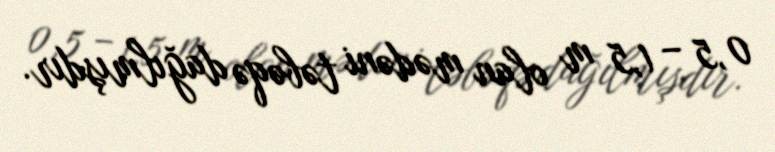
0,5 – 1,5 m olan mədəni təbəqə dağılmışdır.